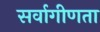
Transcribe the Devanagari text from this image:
सर्वागीणता